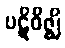
ပဋိဝိဇ္ဈိ